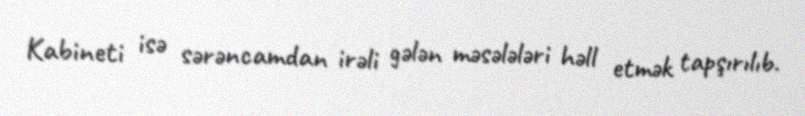
Kabineti isə sərəncamdan irəli gələn məsələləri həll etmək tapşırılıb.